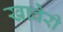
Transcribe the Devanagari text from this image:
खावेरी